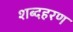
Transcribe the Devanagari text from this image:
शब्दहरण